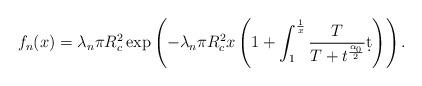
LaTeX: \begin{align*}f_n(x) = \lambda_n \pi R_c^2 \exp\left({-\lambda_n\pi R_c^2 x \left(1+\int_1^{\frac{1}{x}} \frac{ T}{ T+t^{\frac{\alpha_0}{2}}}\d t\right)}\right).\end{align*}